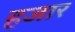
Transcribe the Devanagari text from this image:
हजार